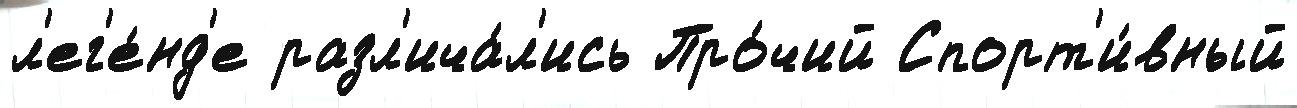
л'ег'е́нд'е разл'ича́л'ись Про́чий Спорт'и́вный